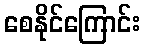
စေနိုင်ကြောင်း